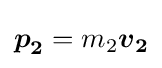
{\boldsymbol {p}}_{\boldsymbol {2}}=m_{2}{\boldsymbol {v}}_{\boldsymbol {2}}